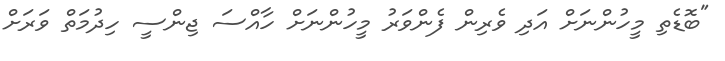
"ބޮޑެތި މީހުންނަށް އަދި ވެރިން ފެންވަރު މީހުންނަށް ހާއްސަ ޖިންސީ ހިދުމަތް ވަރަށް